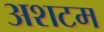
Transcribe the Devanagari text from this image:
अशटम